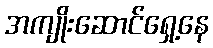
အကျိုးဆောင်ရှေ့နေ